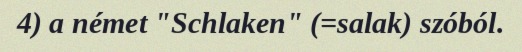
4) a német "Schlaken" (=salak) szóból.